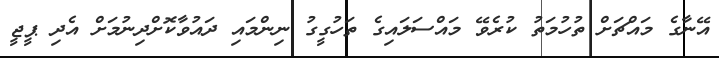
އޭނާގެ މައްޗަށް ތުހުމަތު ކުރެވޭ މައްސަލައިގެ ތަހުގީގު ނިންމައި ދައުވާކޮށްދިނުމަށް އެދި ޕީޖީ